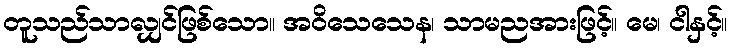
တူသည်သာလျှင်ဖြစ်သော။ အဝိသေသေန၊ သာမညအားဖြင့်။ မေ၊ ငါနှင့်။